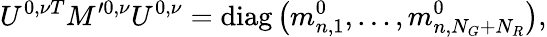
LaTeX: U^{0,\nu T}M^{\prime 0,\nu}U^{0,\nu}=\mathrm{diag}\left(m_{n,1}^{0},\ldots,m_{n,N_{G}+N_{R}}^{0}\right),